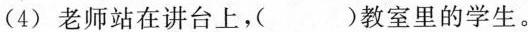
(4) 老师站在讲台上，( )教室里的学生。